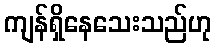
ကျန်ရှိနေသေးသည်ဟု